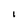
Character: I